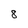
Character: 8